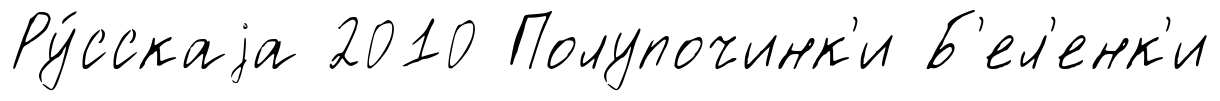
Ру́сскаjа 2010 Полупочинк'и Б'ел'енк'и